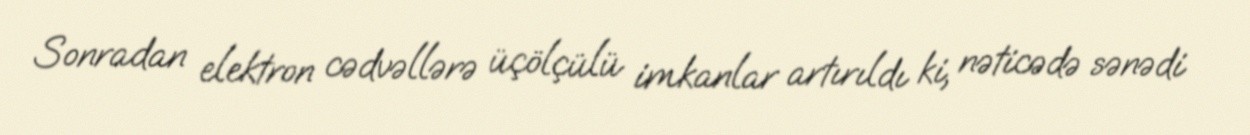
Sonradan elektron cədvəllərə üçölçülü imkanlar artırıldı ki, nəticədə sənədi